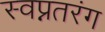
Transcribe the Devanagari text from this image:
स्वप्नतरंग